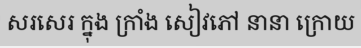
សរសេរ ក្នុង ក្រាំង សៀវភៅ នានា ក្រោយ